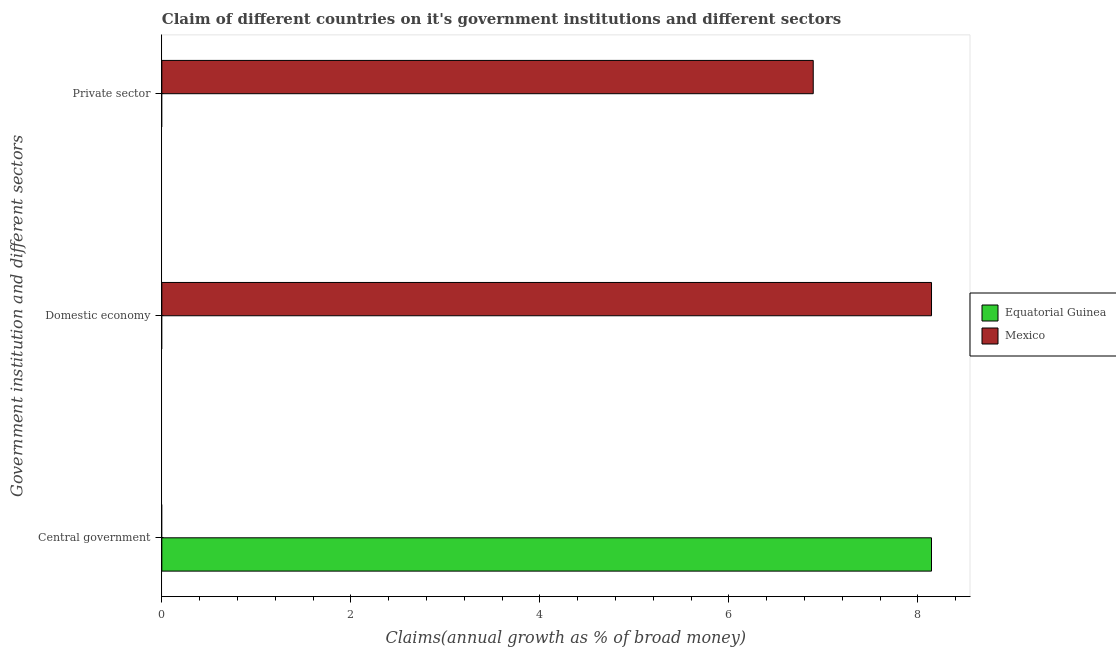
| Government institution and different sectors | Equatorial Guinea | Mexico |
 | --- | --- | --- |
 | Central government | 8.14 | -3.01 |
 | Domestic economy | -10.9 | 8.14 |
 | Private sector | -8.96 | 6.89 |